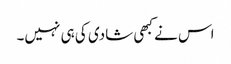
اس نے کبھی شادی کی ہی نہیں۔